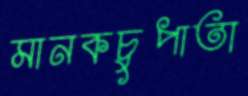
মানকচুপাতা